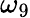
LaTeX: \omega_{9}